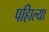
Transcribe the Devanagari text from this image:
पहिाल्या